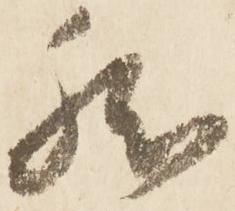
然